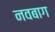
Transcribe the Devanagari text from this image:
नवबाग